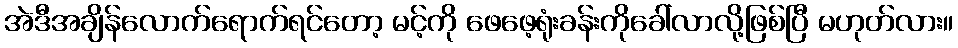
အဲဒီအချိန်လောက်ရောက်ရင်တော့ မင့်ကို ဖေဖေ့ရုံးခန်းကိုခေါ်လာလို့ဖြစ်ပြီ မဟုတ်လား။